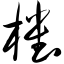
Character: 樘